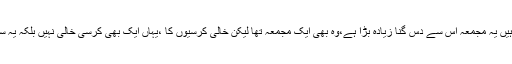
آج جو آپ یہاں بیٹھے ہیں یہ مجمعہ اس سے دس گنا زیادہ بڑا ہے،وہ بھی ایک مجمعہ تھا لیکن خالی کرسیوں کا ،یہاں ایک بھی کرسی خالی نہیں بلکہ یہ سارے بچے کھڑے ہیں۔